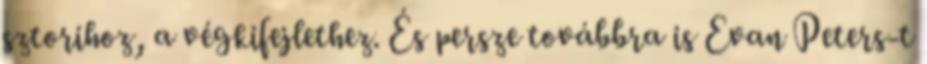
sztorihoz, a végkifejlethez. És persze továbbra is Evan Peters-t